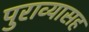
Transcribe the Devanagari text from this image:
पुराव्यासह